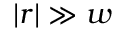
| r | \gg w